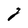
Character: g